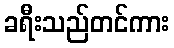
ခရီးသည်တင်ကား